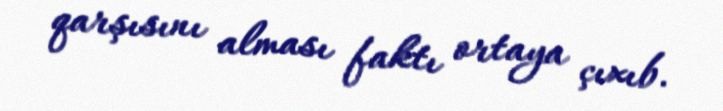
qarşısını alması faktı ortaya çıxıb.